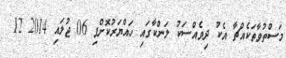
މަސްތުވާތަކެއްޗާ އެކު ދިވެއްސަކު ލަންކާގައި ހައްޔަރުކޮށްފި 06 ޖުލައި 2014 12